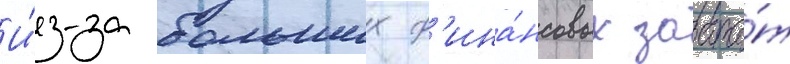
И́з-за больших ф'ина́нсовых затра́т